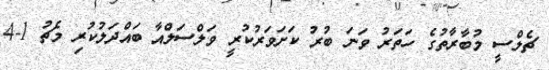
ޗެލްސީ މުބާރާތުގެ ހަތަރު ވަނަ ބުރު ކަށަވަރުކުރީ ވަލްސަލްއާ ބައްދަލުކުރި މެޗު 1-4